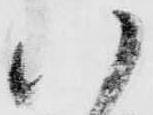
い